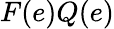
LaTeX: F(e)Q(e)